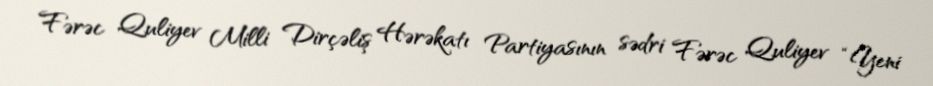
Fərəc Quliyev Milli Dirçəliş Hərəkatı Partiyasının sədri Fərəc Quliyev “Yeni